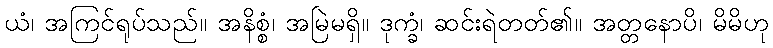
ယံ၊ အကြင်ရုပ်သည်။ အနိစ္စံ၊ အမြဲမရှိ။ ဒုက္ခံ၊ ဆင်းရဲတတ်၏။ အတ္တနောပိ၊ မိမိဟု